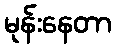
မုန်းနေတာ